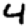
Digit: 4